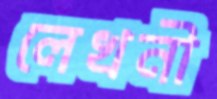
লেখনী